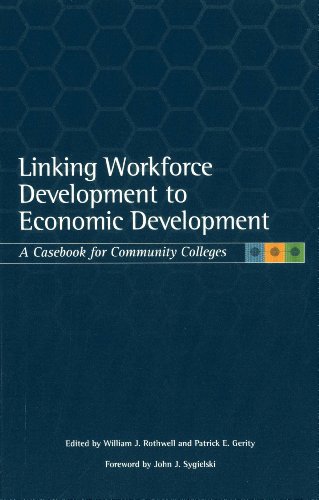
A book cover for Linking Workforce Development to Economic Development: A Casebook for Community Colleges; Education & Teaching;